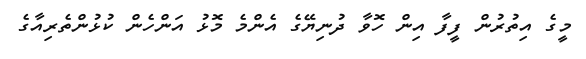
މީގެ އިތުރުން ފީފާ އިން ހޮވާ ދުނިޔޭގެ އެންމެ މޮޅު އަންހެން ކުޅުންތެރިއާގެ